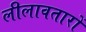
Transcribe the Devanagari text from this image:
लीलावतारों